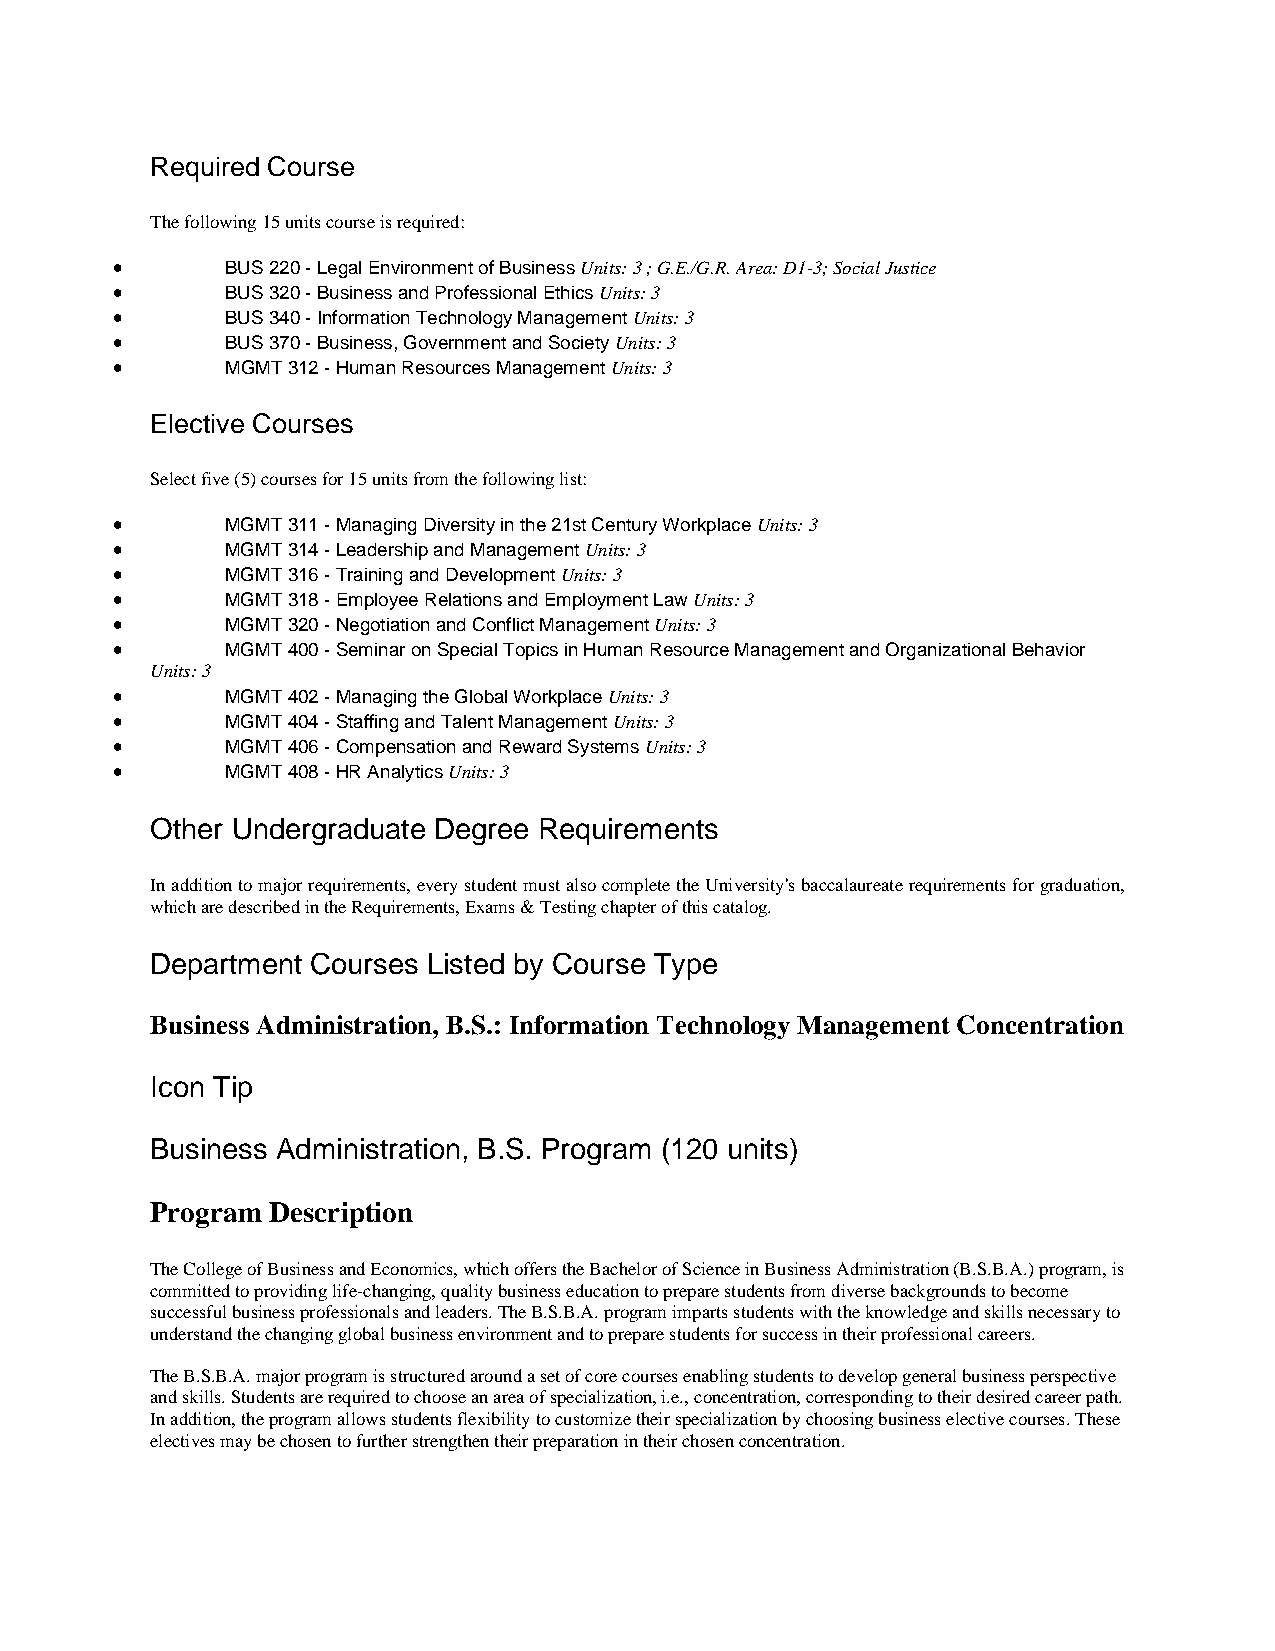
Required Course
 The following 15 units course is required:
 •       BUS 220 - Legal Environment of Business Units: 3 ; G.E./G.R. Area: D1-3; Social Justice
 •       BUS 320 - Business and Professional Ethics Units: 3
 •       BUS 340 - Information Technology Management Units: 3
 •       BUS 370 - Business, Government and Society Units: 3
 •       MGMT 312 - Human Resources Management Units: 3
 Elective Courses
 Select five (5) courses for 15 units from the following list:
 •       MGMT 311 - Managing Diversity in the 21st Century Workplace Units: 3
 •       MGMT 314 - Leadership and Management Units: 3
 •       MGMT 316 - Training and Development Units: 3
 •       MGMT 318 - Employee Relations and Employment Law Units: 3
 •       MGMT 320 - Negotiation and Conflict Management Units: 3
 •       MGMT 400 - Seminar on Special Topics in Human Resource Management and Organizational Behavior
 Units: 3
 •       MGMT 402 - Managing the Global Workplace Units: 3
 •       MGMT 404 - Staffing and Talent Management Units: 3
 •       MGMT 406 - Compensation and Reward Systems Units: 3
 •       MGMT 408 - HR Analytics Units: 3
 Other Undergraduate Degree Requirements
 In addition to major requirements, every student must also complete the University's baccalaureate requirements for graduation,
 which are described in the Requirements, Exams & Testing chapter of this catalog.
 Department Courses Listed by Course Type
 Business Administration, B.S.: Information Technology Management Concentration
 Icon Tip
 Business Administration, B.S. Program (120 units)
 Program Description
 The College of Business and Economics, which offers the Bachelor of Science in Business Administration (B.S.B.A.) program, is
 committed to providing life-changing, quality business education to prepare students from diverse backgrounds to become
 successful business professionals and leaders. The B.S.B.A. program imparts students with the knowledge and skills necessary to
 understand the changing global business environment and to prepare students for success in their professional careers.
 The B.S.B.A. major program is structured around a set of core courses enabling students to develop general business perspective
 and skills. Students are required to choose an area of specialization, i.e., concentration, corresponding to their desired career path.
 In addition, the program allows students flexibility to customize their specialization by choosing business elective courses. These
 electives may be chosen to further strengthen their preparation in their chosen concentration.